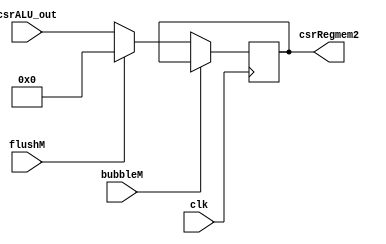
`timescale 1ns / 1ps
//////////////////////////////////////////////////////////////////////////////////
// Company: USTC 
// 
// Design Name: RV32I Core
// Module Name: csrDex
// Tool Versions: Vivado 2017.4.1
// Description: CSR Register write back data for rd
// 
//////////////////////////////////////////////////////////////////////////////////


//  
    //  EX\MEM wirte back value for csr
// 
    // clk               
    //csrALU_out         csrALUexcsr
    // bubbleM           MEMbubble
    // flushM            MEMflush
// 
    // csrRegmem2       CSR
// 
    // 

module csrDex(
    input wire clk, bubbleM, flushM,
    input wire [31:0] csrALU_out,
    output reg [31:0] csrRegmem2
    );

    initial csrRegmem2 = 0;
    
    always@(posedge clk)
        if (!bubbleM) 
        begin
            if (flushM)
                csrRegmem2 <= 0;
            else 
                csrRegmem2 <= csrALU_out;
        end
    
endmodule